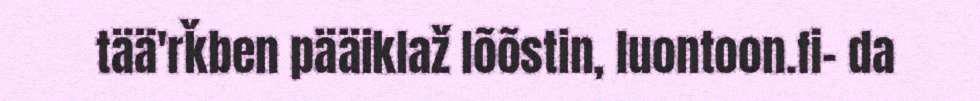
tää'rǩben pääiklaž lõõstin, luontoon.fi- da